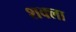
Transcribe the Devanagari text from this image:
शक्ला